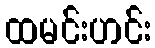
ထမင်းဟင်း